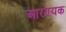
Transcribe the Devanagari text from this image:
आरण्‍यक